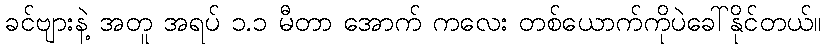
ခင်ဗျားနဲ့ အတူ အရပ် ၁.၁ မီတာ အောက် ကလေး တစ်ယောက်ကိုပဲခေါ်နိုင်တယ်။